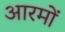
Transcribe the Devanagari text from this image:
आरमों